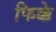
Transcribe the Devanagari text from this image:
फिक्के